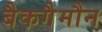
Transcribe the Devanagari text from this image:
बैकगैमौन